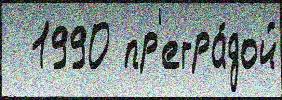
  1990 пр'егра́дой